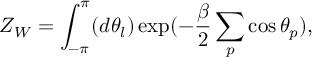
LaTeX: Z _ { W } = \int _ { - \pi } ^ { \pi } ( d \theta _ { l } ) \exp ( - \frac { \beta } { 2 } \sum _ { p } \cos { \theta } _ { p } ) ,